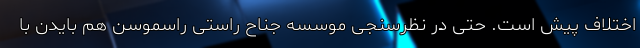
اختلاف پیش است. حتی در نظرسنجی موسسه جناح راستی راسموسن هم بایدن با